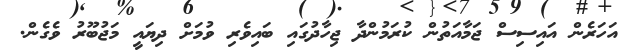
އަހަރެން އައިސިސް ޖަމާއަތުން ކުރަމުންދާ ޖިހާދުގައި ބައިވެރި ވުމަށް ދިޔައީ މަޖުބޫރު ވެގެން.